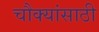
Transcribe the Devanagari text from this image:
चौक्यांसाठी